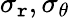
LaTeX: \sigma_{\mathtt{r}},\sigma_{\theta}